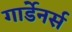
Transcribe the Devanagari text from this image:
गार्डेनर्स